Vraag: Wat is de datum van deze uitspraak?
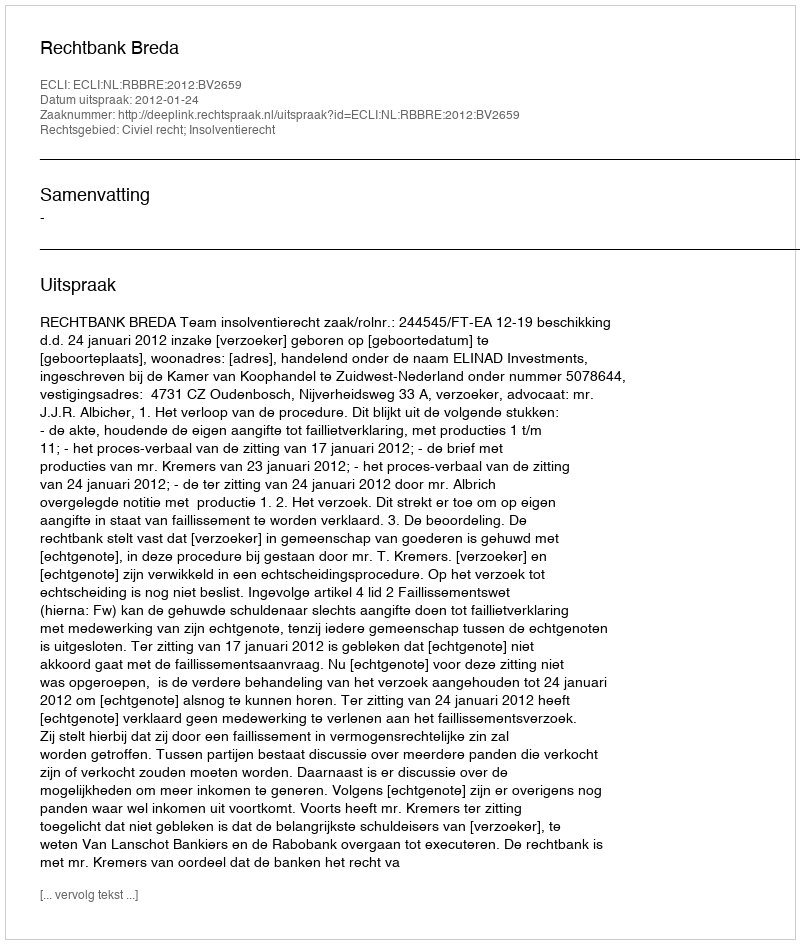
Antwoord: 2012-01-24